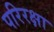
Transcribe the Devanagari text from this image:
परिरक्षा